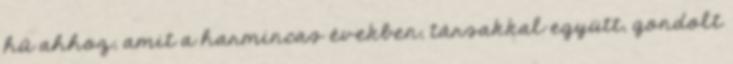
hű ahhoz, amit a harmincas években, társakkal együtt, gondolt